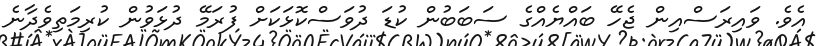
އެވެ. ވައިރަސްއިން ޖެހޭ ބައްޔެއްގެ ސަބަބުން ކުޑަ ދުވަސްކޮޅަކަށް ފުރަމޭ ދުޅަވުން ކުރިމަތިވެދާނެ